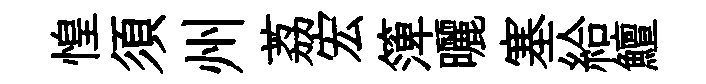
惶須州荔宏𥱼曬塞給鱣